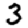
Digit: 3